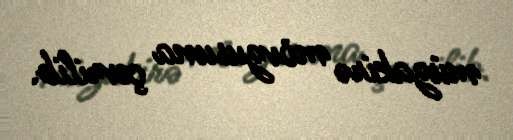
müzakirə mövzusuna çevrilib.